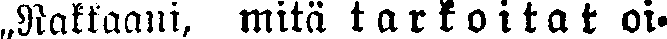
„Rakkaani, mitä tarkoitat oi-